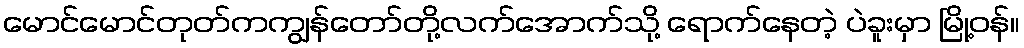
မောင်မောင်တုတ်ကကျွန်တော်တို့လက်အောက်သို့ ရောက်နေတဲ့ ပဲခူးမှာ မြို့ဝန်။